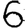
Digit: 6